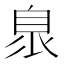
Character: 𦤌